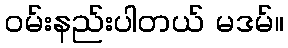
ဝမ်းနည်းပါတယ် မဒမ်။